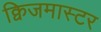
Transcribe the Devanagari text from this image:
क्विजमास्टर